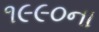
૧૯૯૦ના